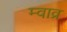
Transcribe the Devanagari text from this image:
म्वाव्र